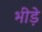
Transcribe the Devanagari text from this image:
भीड़े